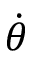
\dot { \theta }